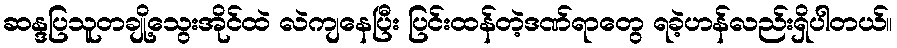
ဆန္ဒပြသူတချို့သွေးအိုင်ထဲ လဲကျနေပြီး ပြင်းထန်တဲ့ဒဏ်ရာတွေ ရခဲ့ဟန်လည်းရှိပါတယ်။